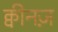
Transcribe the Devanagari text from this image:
क्वीनज़